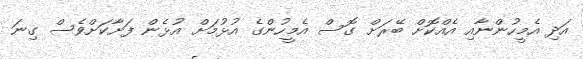
އަދި އެމީހުންނާއި އެއްކޮށް ބޭރަށް ގޮސް އެމީހުންގެ އުޅުމަށް އުޅެން ފަށާކަށްވެސް ގިނަ